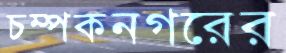
চম্পকনগরের